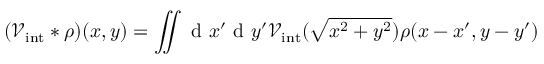
( \mathcal { V } _ { \mathrm { i n t } } * \rho ) ( x , y ) = \iint \mathrm { ~ d ~ } x ^ { \prime } \mathrm { ~ d ~ } y ^ { \prime } \mathcal { V } _ { \mathrm { i n t } } ( \sqrt { x ^ { 2 } + y ^ { 2 } } ) \rho ( x - x ^ { \prime } , y - y ^ { \prime } )